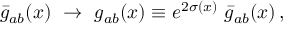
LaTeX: \bar { g } _ { a b } ( x ) \ \rightarrow \ g _ { a b } ( x ) \equiv e ^ { 2 \sigma ( x ) } \ \bar { g } _ { a b } ( x ) \, ,